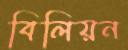
বিলিয়ন